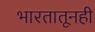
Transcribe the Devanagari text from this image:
भारतातूनही